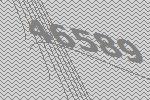
46589